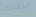
الحماية